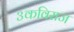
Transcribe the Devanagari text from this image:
३कविराज